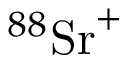
^ { 8 8 } \mathrm { { S r } ^ { + } }